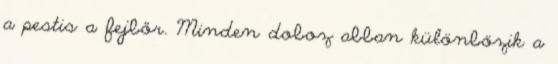
a pestis a fejbőr. Minden doboz abban különbözik a